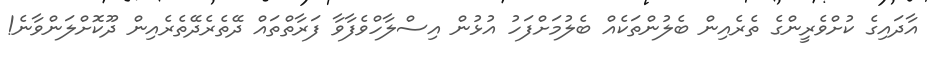
އާދައިގެ ކުށްވެރީންގެ ތެރެއިން ބެލުންތަކެއް ބެލުމަށްފަހު އުޅުން އިސްލާހްވެފާވާ ފަރާތްތައް ދޭތެރެދޭތެރެއިން ދޫކޮށްލަންވާނެ!